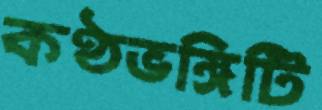
কণ্ঠভঙ্গিটি